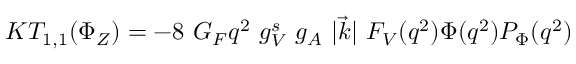
K T _ { 1 , 1 } ( \Phi _ { Z } ) = - 8 \ G _ { F } q ^ { 2 } \ g _ { V } ^ { s } \ g _ { A } \ | \vec { k } | \ F _ { V } ( q ^ { 2 } ) \Phi ( q ^ { 2 } ) P _ { \Phi } ( q ^ { 2 } )